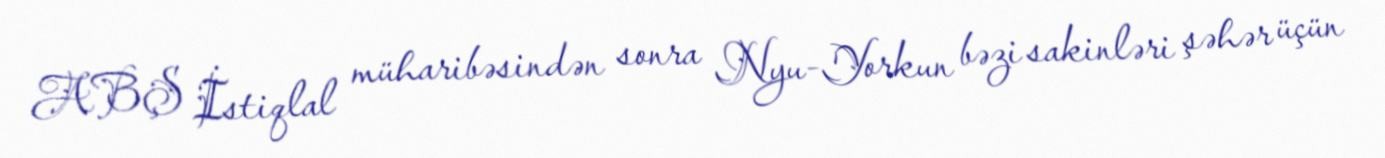
ABŞ İstiqlal müharibəsindən sonra Nyu-Yorkun bəzi sakinləri şəhər üçün